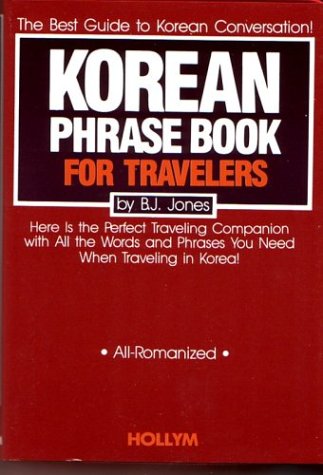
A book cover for Korean Phrase Book For Travelers; B.J. Jones; Travel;